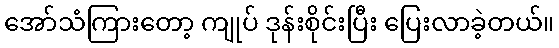
အော်သံကြားတော့ ကျုပ် ဒုန်းစိုင်းပြီး ပြေးလာခဲ့တယ်။